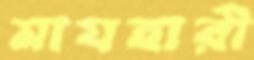
মাযহারী